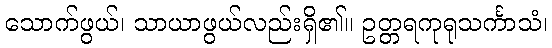
သောက်ဖွယ်၊ သာယာဖွယ်လည်းရှိ၏။ ဥတ္တရကုရုသင်္ကာသံ၊